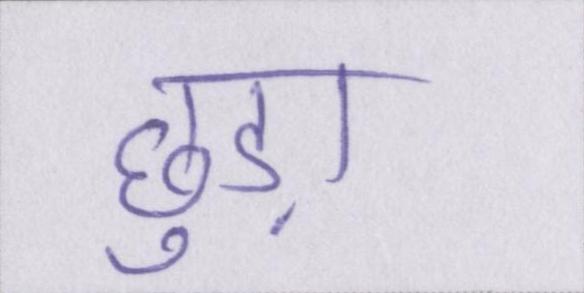
छुड़ा